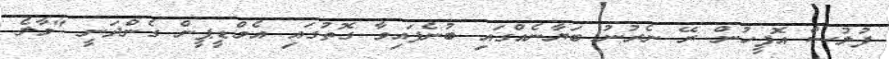
ފުލުސް އޮފީހުން ރޭ ނެރުނު ބަޔާނެއްގައި ބުނެފައިވާ ގޮތުގައި އެމްޑީޕީން ގެންދަނީ "މާލެ